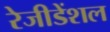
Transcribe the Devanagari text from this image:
रेजीडेंशल